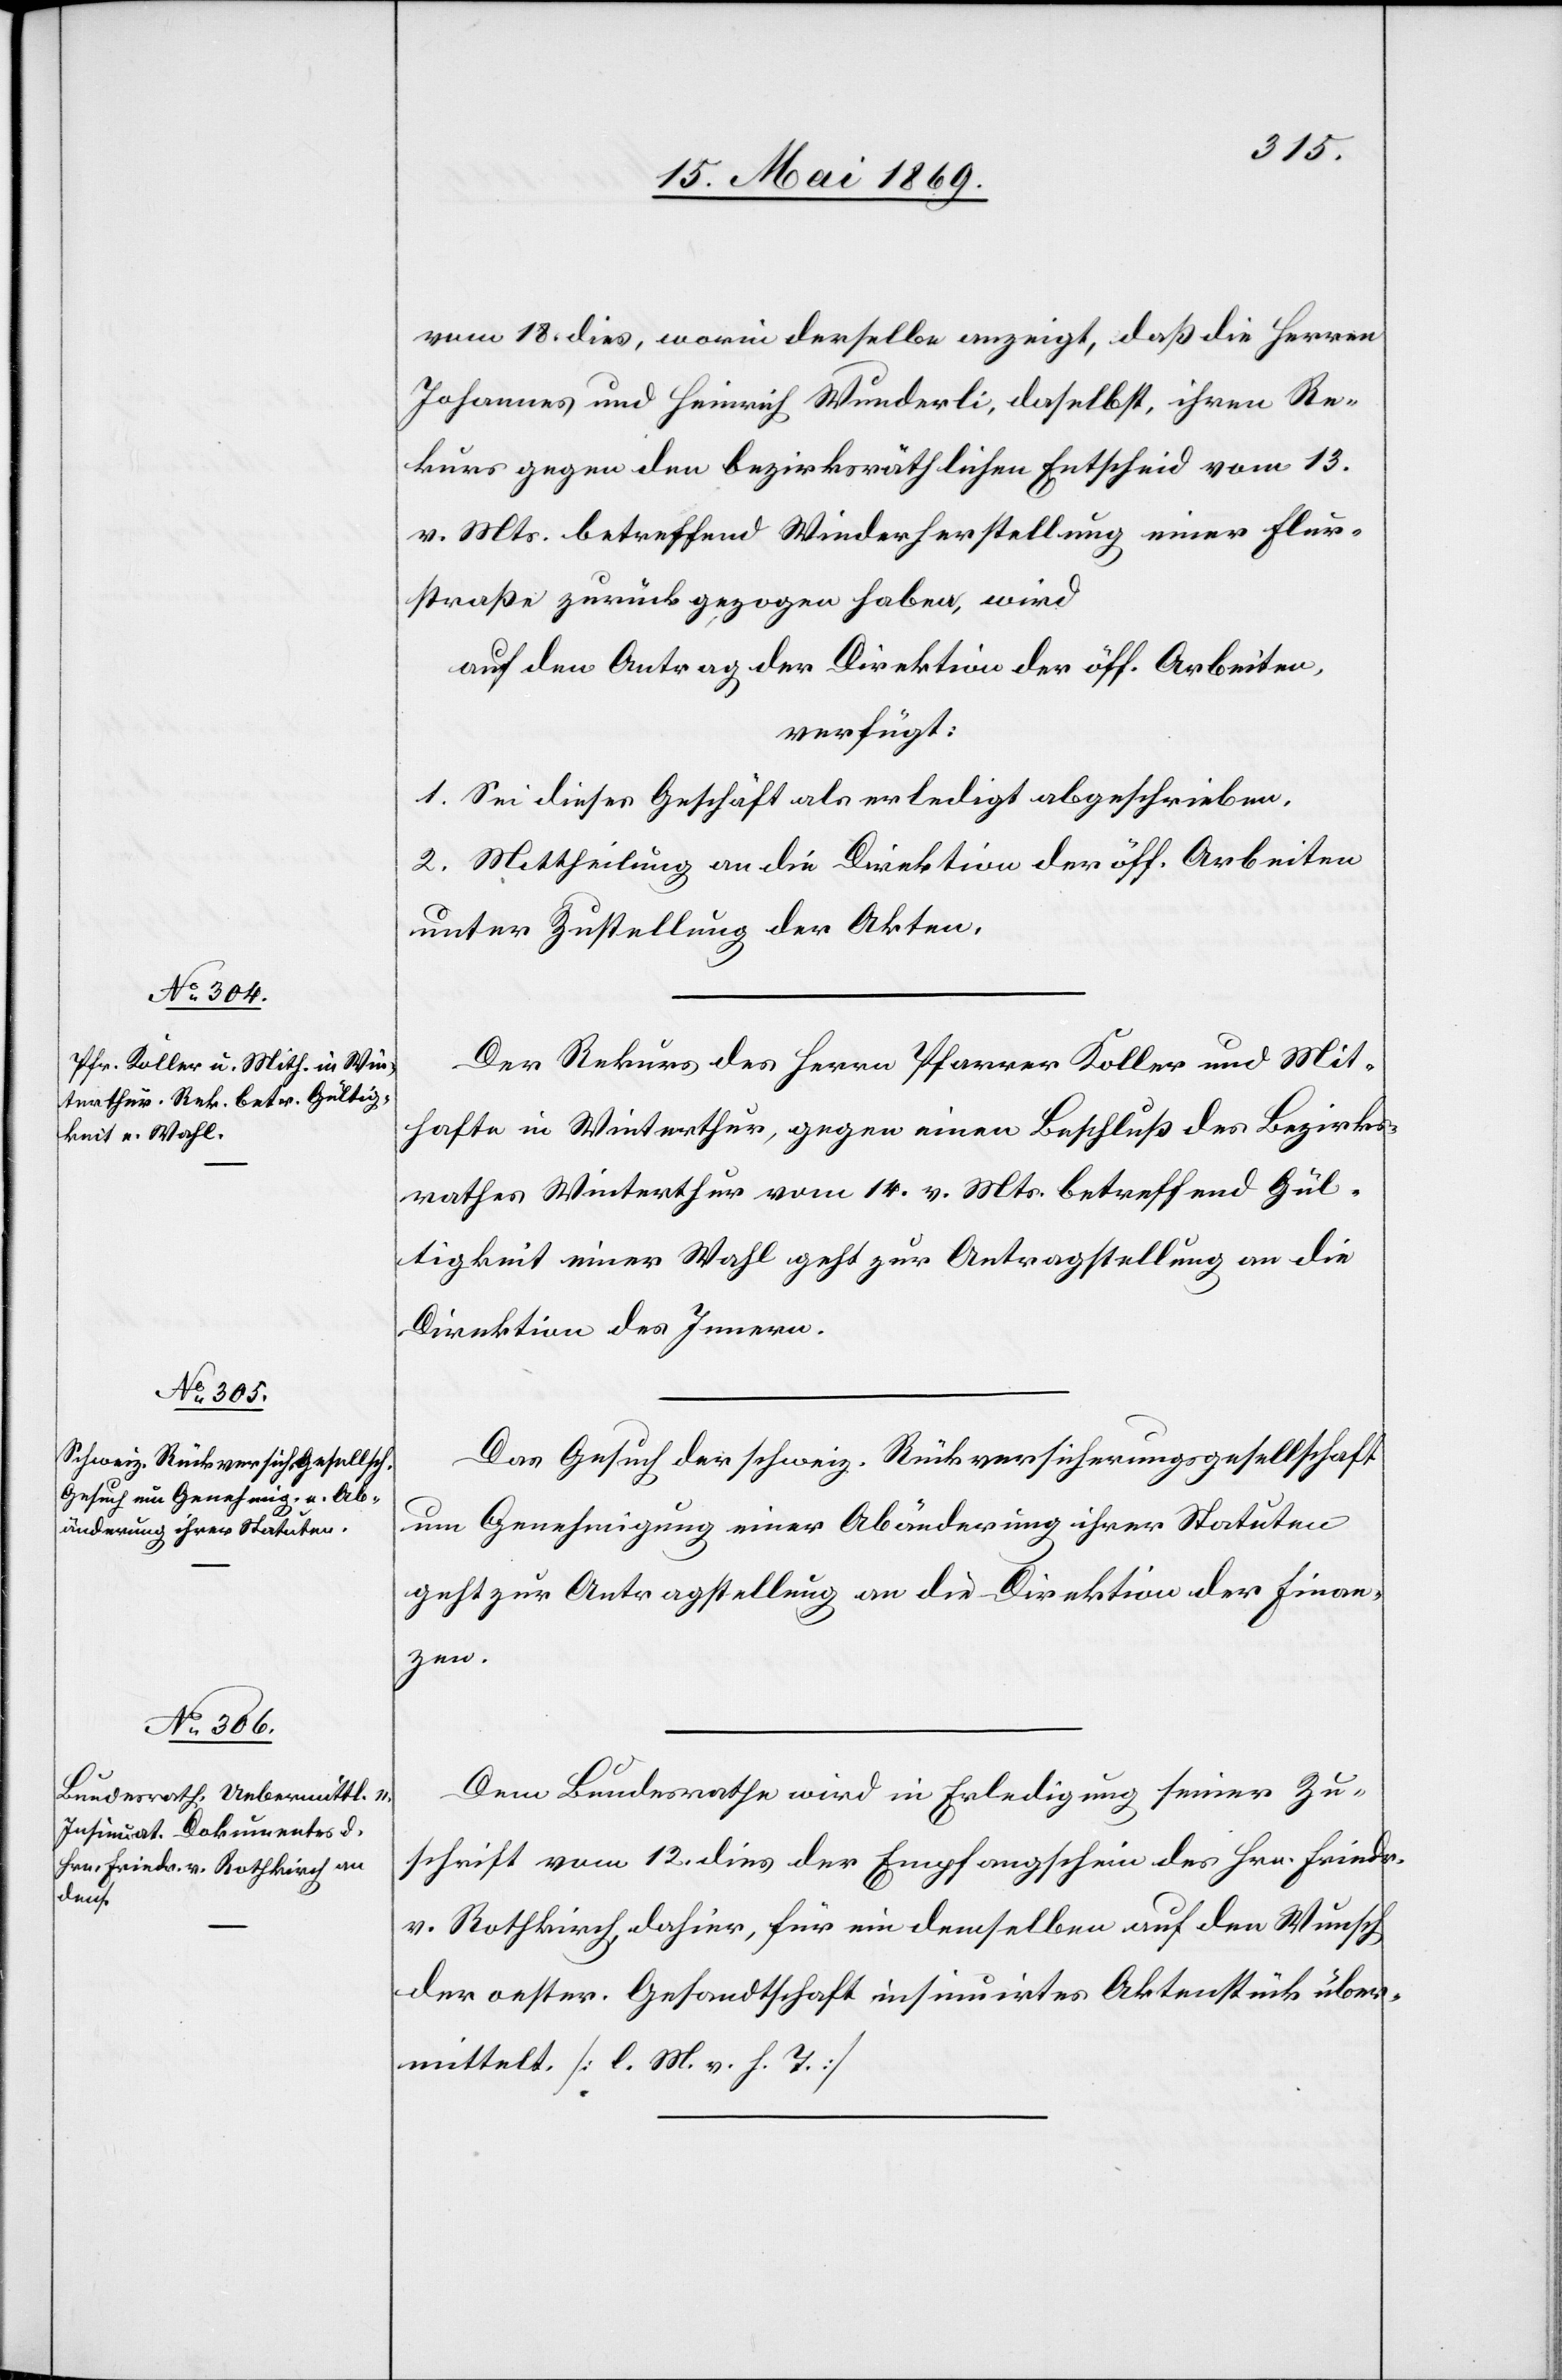
20. Mai 1869.]
vom 18. dies, worin derselbe anzeigt, daß die Herren
Johannes und Heinrich Wunderli, daselbst, ihren Re¬
kurs gegen den bezirksräthlichen Entscheid vom 13.
v. Mts. betreffend Wiederherstellung einer Flur¬
straße zurückgezogen haben, wird
auf den Antrag der Direktion der öff. Arbeiten,
verfügt:
1. Sei dieses Geschäft als erledigt abgeschrieben.
2. Mittheilung an die Direktion der öff. Arbeiten
unter Zustellung der Akten.
Der Rekurs des Herrn Pfarrer Koller und Mit¬
hafte in Winterthur, gegen einen Beschluß des Bezirks¬
rathes Winterthur vom 14. v. Mts. betreffend Gül¬
tigkeit einer Wahl geht zur Antragstellung an die
Direktion des Innern.
Das Gesuch der schweiz. Rückversicherungsgesellschaft
um Genehmigung einer Abänderung ihrer Statuten
geht zur Antragstellung an die Direktion der Finan¬
zen.
Dem Bundesrathe wird in Erledigung seiner Zu¬
schrift vom 12. dies der Empfangsschein des Hrn. Friedr.
v. Rothkirch dahier, für ein demselben auf den Wunsch
der oester. Gesandtschaft insinuirtes Aktenstück über¬
mittelt. [l. M. v. h. T]